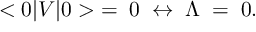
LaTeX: < 0 | V | 0 > \; = \; 0 \; \leftrightarrow \; \Lambda \; = \; 0 .